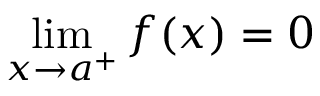
\lim _ { x \to a ^ { + } } f ( x ) = 0